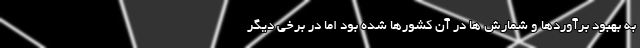
به بهبود برآوردها و شمارش ها در آن کشورها شده بود اما در برخی دیگر